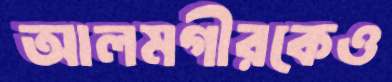
আলমগীরকেও